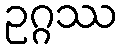
ဥဂ္ဂဿ